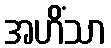
အဟိံသာ